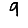
Digit: 9